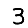
Digit: 3